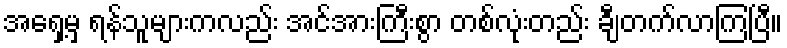
အရှေ့မှ ရန်သူများကလည်း အင်အားကြီးစွာ တစ်လုံးတည်း ချီတက်လာကြပြီ။